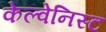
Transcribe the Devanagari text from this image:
केल्वेनिस्ट